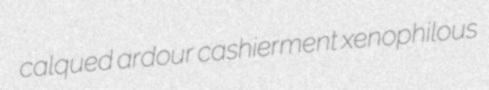
calqued ardour cashierment xenophilous